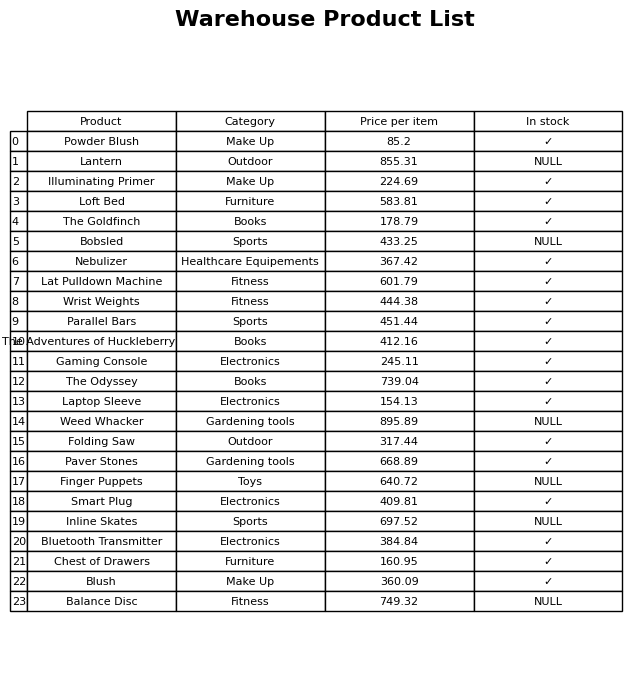
question: What is the price of the Inline Skates?
answer: The price of Inline Skates is 697.52.